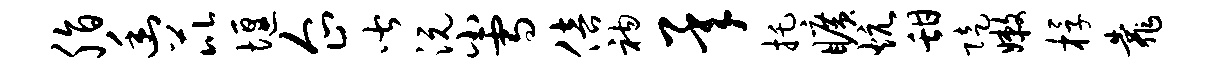
脂幽芘堰企皆沅小雪倍衲承托旷炕甜陡嫩桴靠